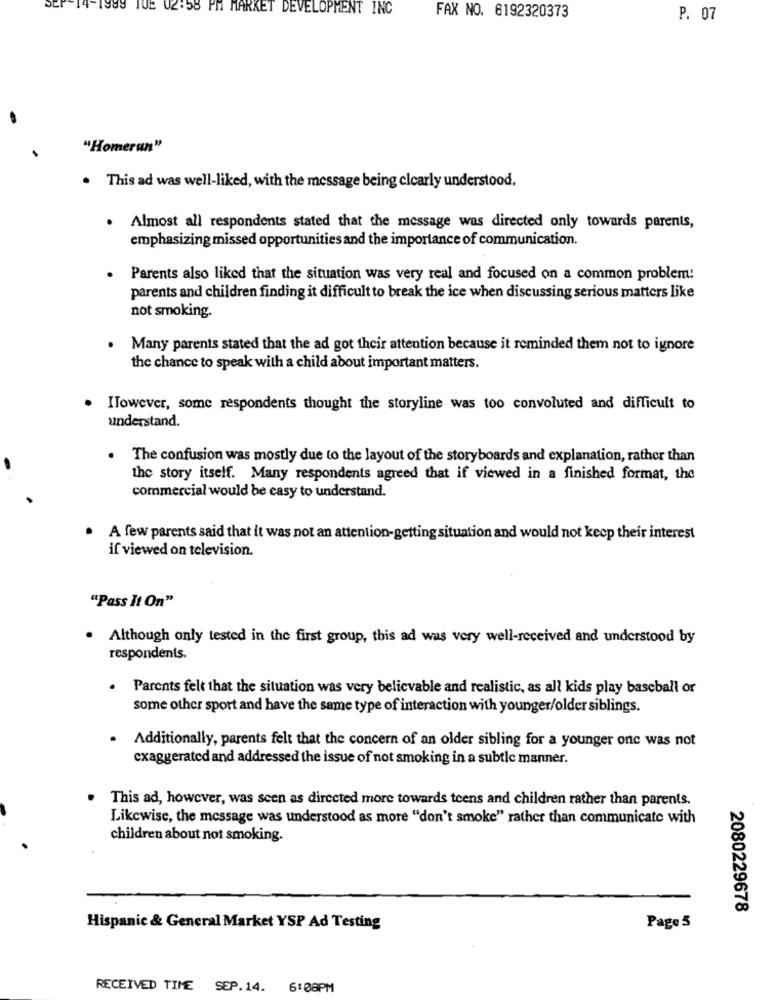
#14
TUE
02:58 PM MARKET DEVELOPMENT INC
FAX NO. 6192320373
P. 07
"Homerun"
. This ad was well-liked, with the message being clearly understood.
Almost all respondents stated that the message was directed only towards parents,
emphasizing missed opportunities and the importance of communication.
Parents also liked that the situation was very real and focused on a common problem!
parents and children finding it difficult to break the ice when discussing serious matters like
not smoking.
Many parents stated that the ad got their attention because it reminded them not to ignore
the chance to speak with a child about important matters.
ITowever, some respondents thought the storyline was too convoluted and difficult to
understand.
.
The confusion was mostly due to the layout of the storyboards and explanation, rather than
the story itself. Many respondents agreed that if viewed in a finished format, the
commercial would be easy to understand.
A few parents said that it was not an attention-getting situation and would not keep their interest
if viewed on television.
"Pass It On"
. Although only tested in the first group, this ad was very well-received and understood by
respondents.
. Parents felt that the situation was very believable and realistic, as all kids play baseball or
some other sport and have the same type of interaction with younger/older siblings.
. Additionally, parents felt that the concern of an older sibling for a younger one was not
exaggerated and addressed the issue of not smoking in a subtle manner.
This ad, however, was seen as directed more towards teens and children rather than parents.
Likewise, the message was understood as more "don't smoke" rather than communicate with
children about not smoking.
2080229678
Hispanic & General Market YSP Ad Testing
Page 5
RECEIVED TIME SEP.14. 6:08PM